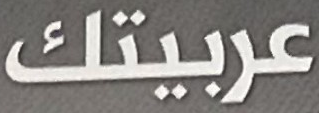
عربيتك